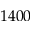
1 4 0 0